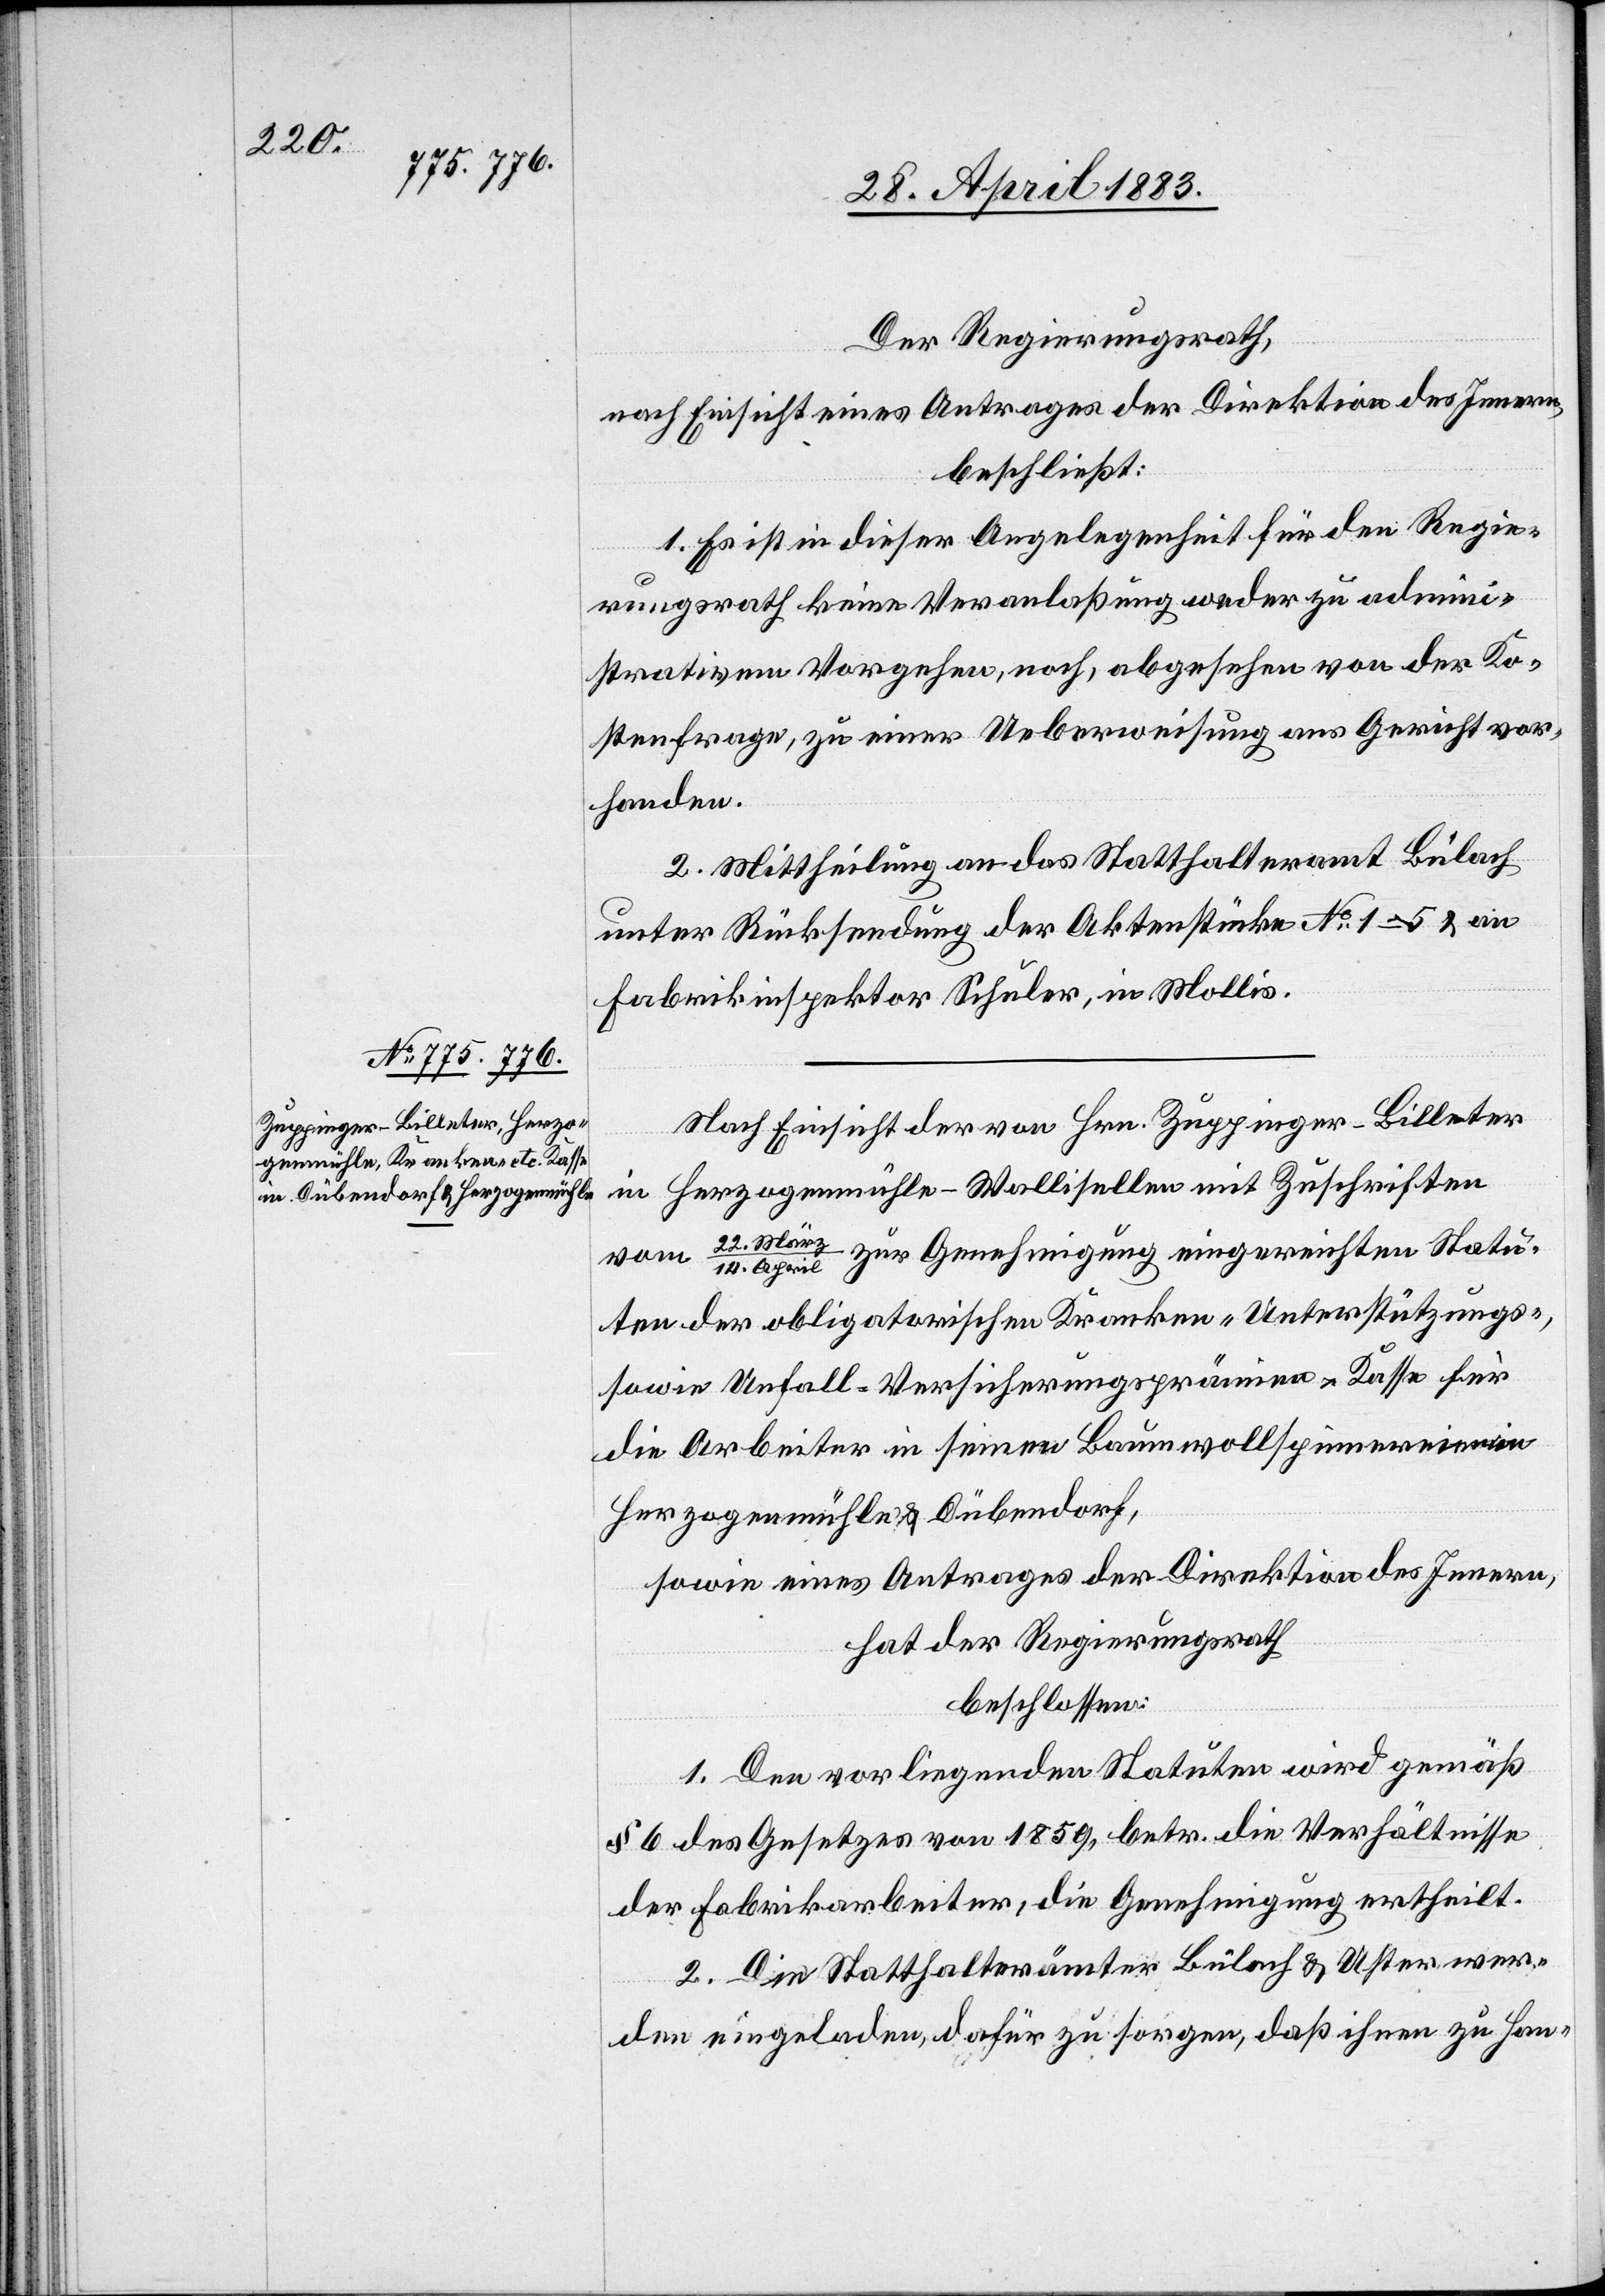
Der Regierungsrath,
nach Einsicht eines Antrages der Direktion des Innern,
beschließt:
1. Es ist in dieser Angelegenheit für den Regie¬
rungsrath keine Veranlaßung weder zu admini¬
strativem Vorgehen, noch, abgesehen von der Ko¬
stenfrage, zu einer Ueberweisung ans Gericht vor¬
handen.
2. Mittheilung an das Statthalteramt Bülach
unter Rücksendung der Aktenstücke No 1–5 & an
Fabrikinspektor Schuler, in Mollis.
Nach Einsicht der von Hrn. Zuppinger-Billeter
in Herzogenmühle - Wallisellen mit Zuschriften
zur Genehmigung eingereichten Statu¬
vom 22.
März/14. April
ten der obligatorischen Kranken-[,] Unterstützungs-,
sowie Unfall-Versicherungsprämien-Kasse für
die Arbeiter in seinem Baumwollspinnereien
Herzogenmühle & Dübendorf,
sowie eines Antrages der Direktion des Innern,
hat der Regierungsrath
beschlossen:
1. Den vorliegenden Statuten wird gemäß
§ 6 des Gesetzes von 1859, betr. die Verhältnisse
der Fabrikarbeiter, die Genehmigung ertheilt.
2. Die Statthalterämter Bülach & Uster wer¬
den eingeladen, dafür zu sorgen, daß ihnen zu Han-